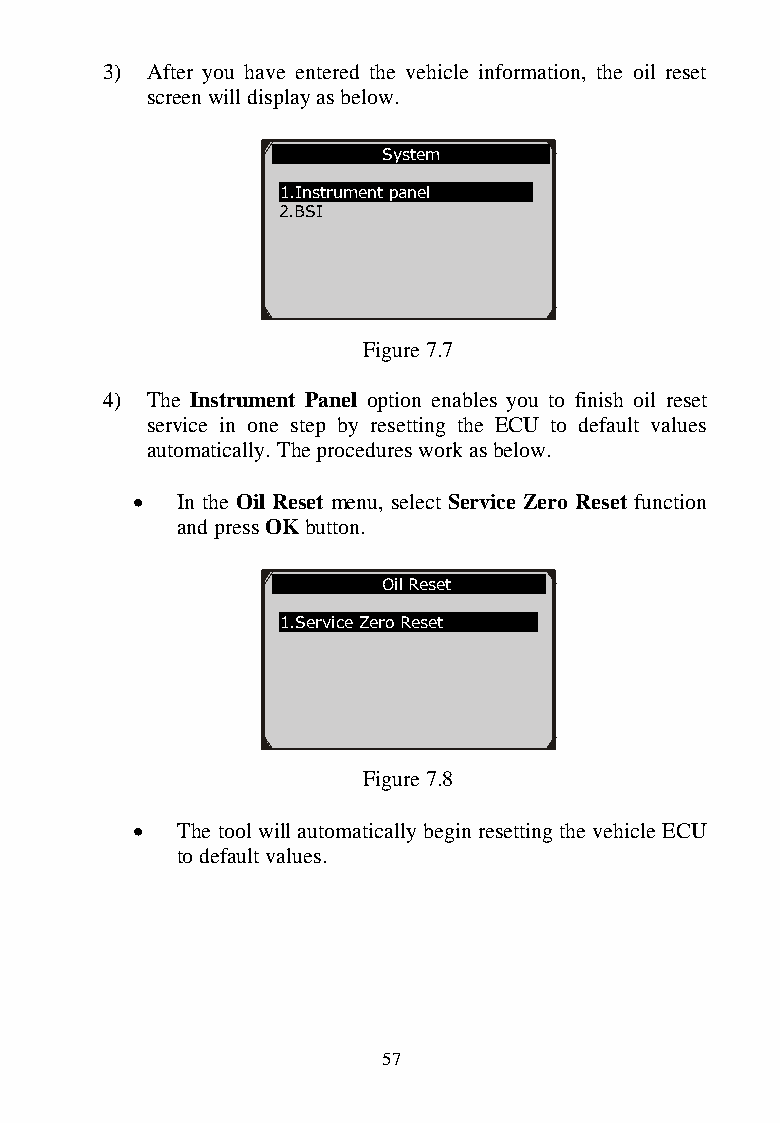
3) After you have entered the vehicle information, the oil reset
 screen will display as below.
 System
 1.Instrument panel
 2.BSI
 Figure 7.7
 4) The Instrument Pa nel option enables you to finish oil reset
 service in one step by resetting the ECU to default values
 automatically. The procedures work as below.
   In the Oil Reset menu, select Service Zero Reset function
 and press OK button.
 Oil Reset
 1.Service Zero Reset
 Figure 7.8
   The tool will auto matically begin resetting the vehicle ECU
 to default values.
 57